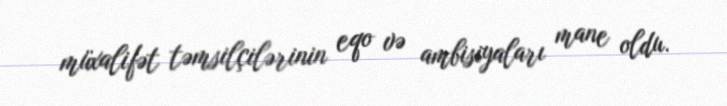
müxalifət təmsilçilərinin eqo və ambisiyaları mane oldu.